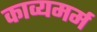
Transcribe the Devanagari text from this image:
काव्यमर्म